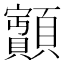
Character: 𩕽